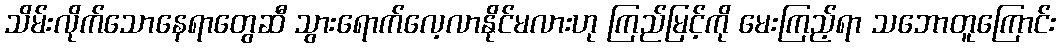
သိမ်းလိုက်သောနေရာတွေဆီ သွားရောက်လေ့လာနိုင်မလားဟု ကြည်မြင့်ကို မေးကြည့်ရာ သဘောတူကြောင်း